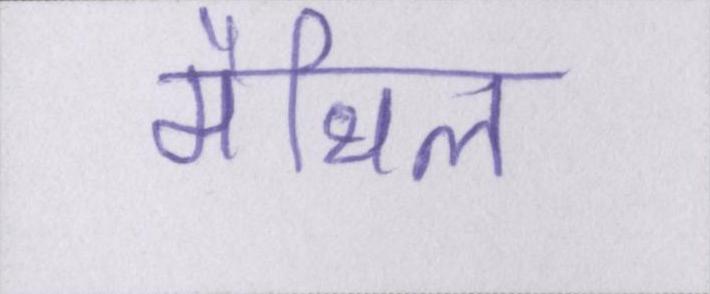
मैथिल